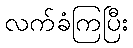
လက်ခံကြပြီး